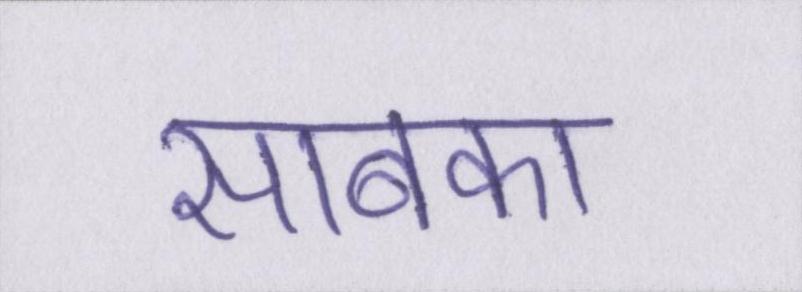
साबका